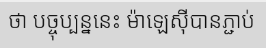
ថា បច្ចុប្បន្ននេះ ម៉ាឡេស៊ីបានភ្ជាប់